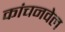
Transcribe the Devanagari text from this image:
कांचनवेल